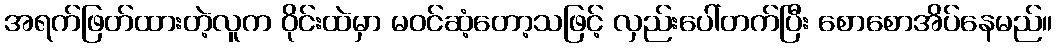
အရက်ဖြတ်ထားတဲ့လူက ဝိုင်းထဲမှာ မဝင်ဆံ့တော့သဖြင့် လှည်းပေါ်တက်ပြီး စောစောအိပ်နေမည်။